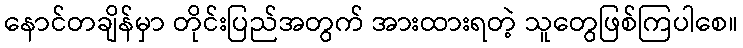
နောင်တချိန်မှာ တိုင်းပြည်အတွက် အားထားရတဲ့ သူတွေဖြစ်ကြပါစေ။